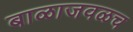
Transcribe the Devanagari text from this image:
बाळाजवळच